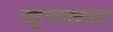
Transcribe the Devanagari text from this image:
पट्टणक्काट